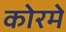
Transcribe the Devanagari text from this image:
कोरमे